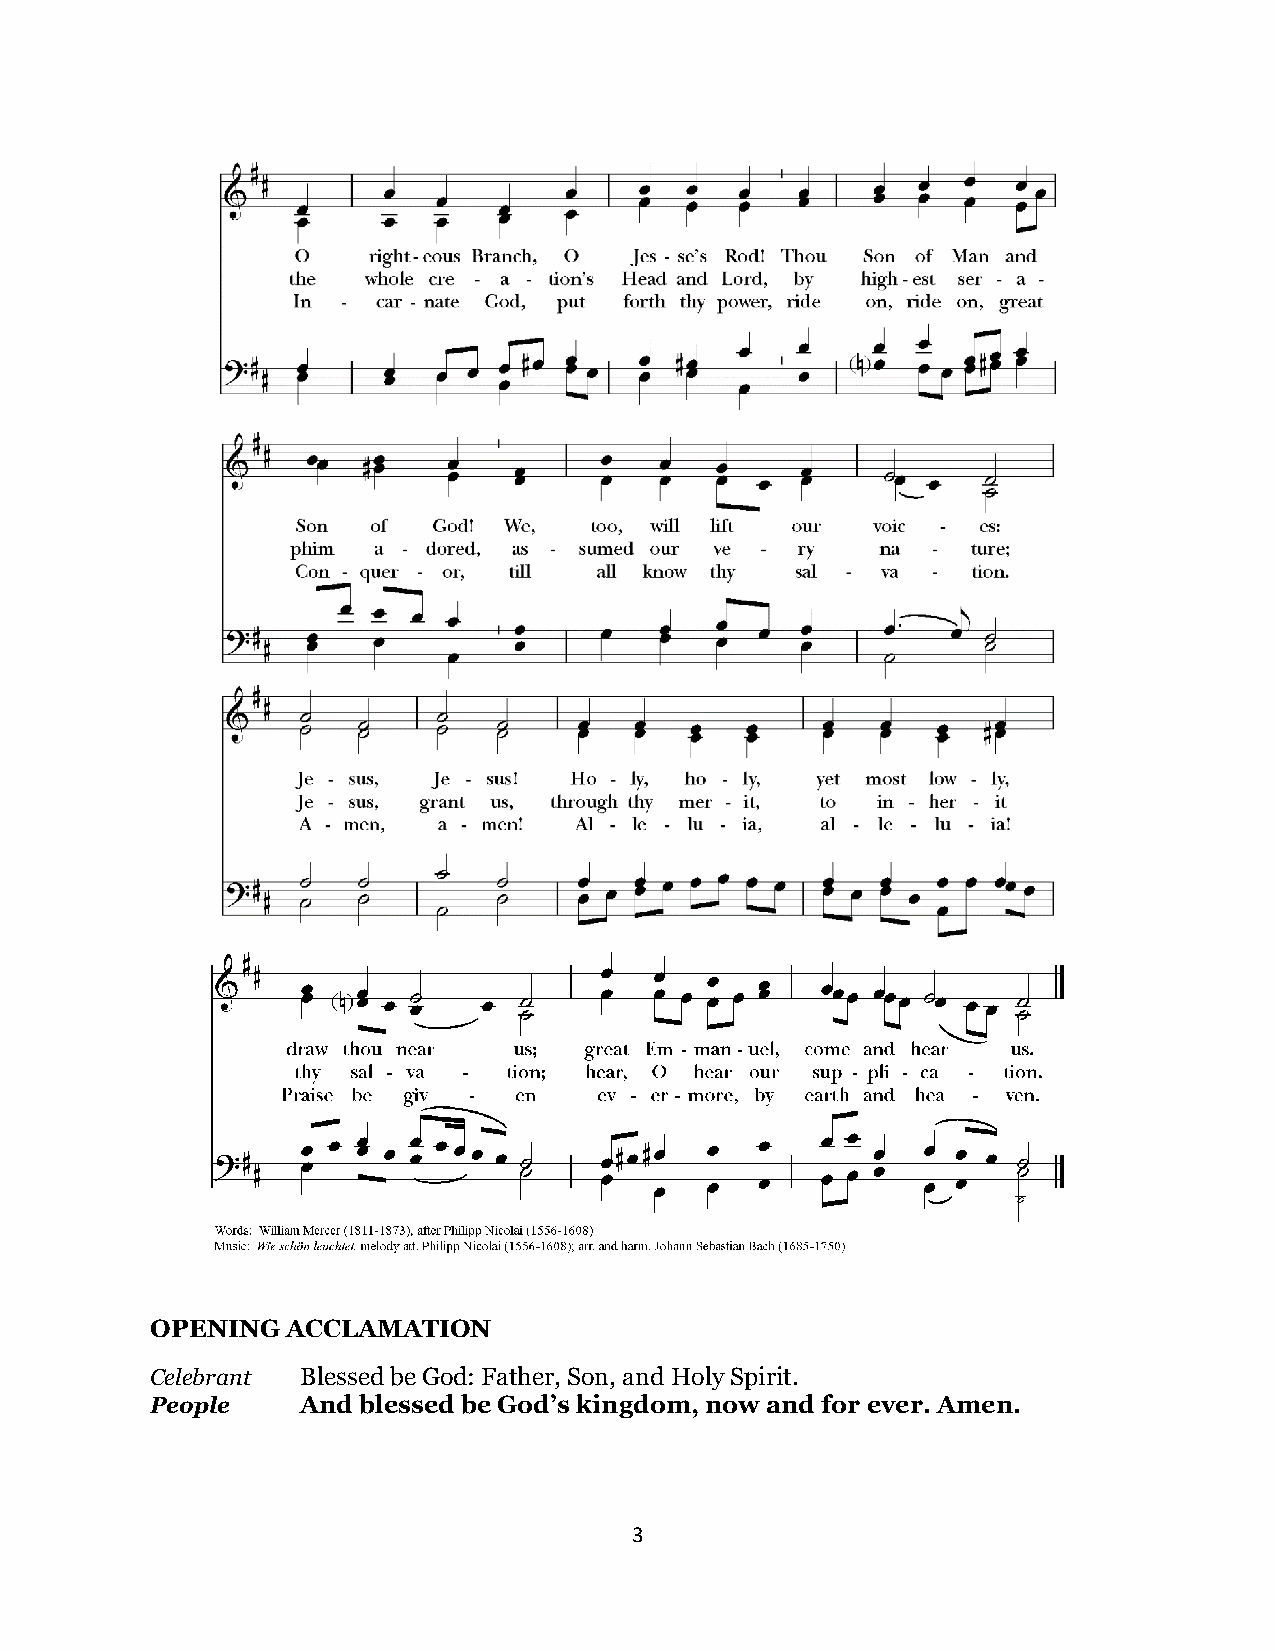
OPENING  ACCLAMATION
 Celebrant Blessed be God: Father, Son, and Holy Spirit.
 People    And blessed be God’s kingdom, now and for ever. Amen.
 3